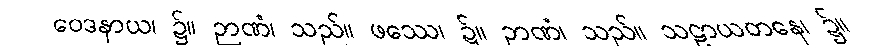
ဝေဒနာယ၊ ၌။ ဉာဏံ၊ သည်။ ဖဿေ၊ ၌။ ဉာဏံ၊ သည်။ သဠာယတနေ၊ ၌။